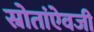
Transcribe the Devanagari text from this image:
स्रोतांऐवजी